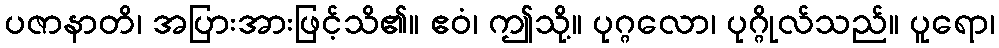
ပဇာနာတိ၊ အပြားအားဖြင့်သိ၏။ ဧဝံ၊ ဤသို့။ ပုဂ္ဂလော၊ ပုဂ္ဂိုလ်သည်။ ပူရော၊